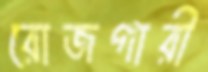
রোজগারী